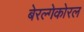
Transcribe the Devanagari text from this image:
बेरल्गेकोरल